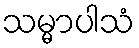
သမ္မာပါသံ